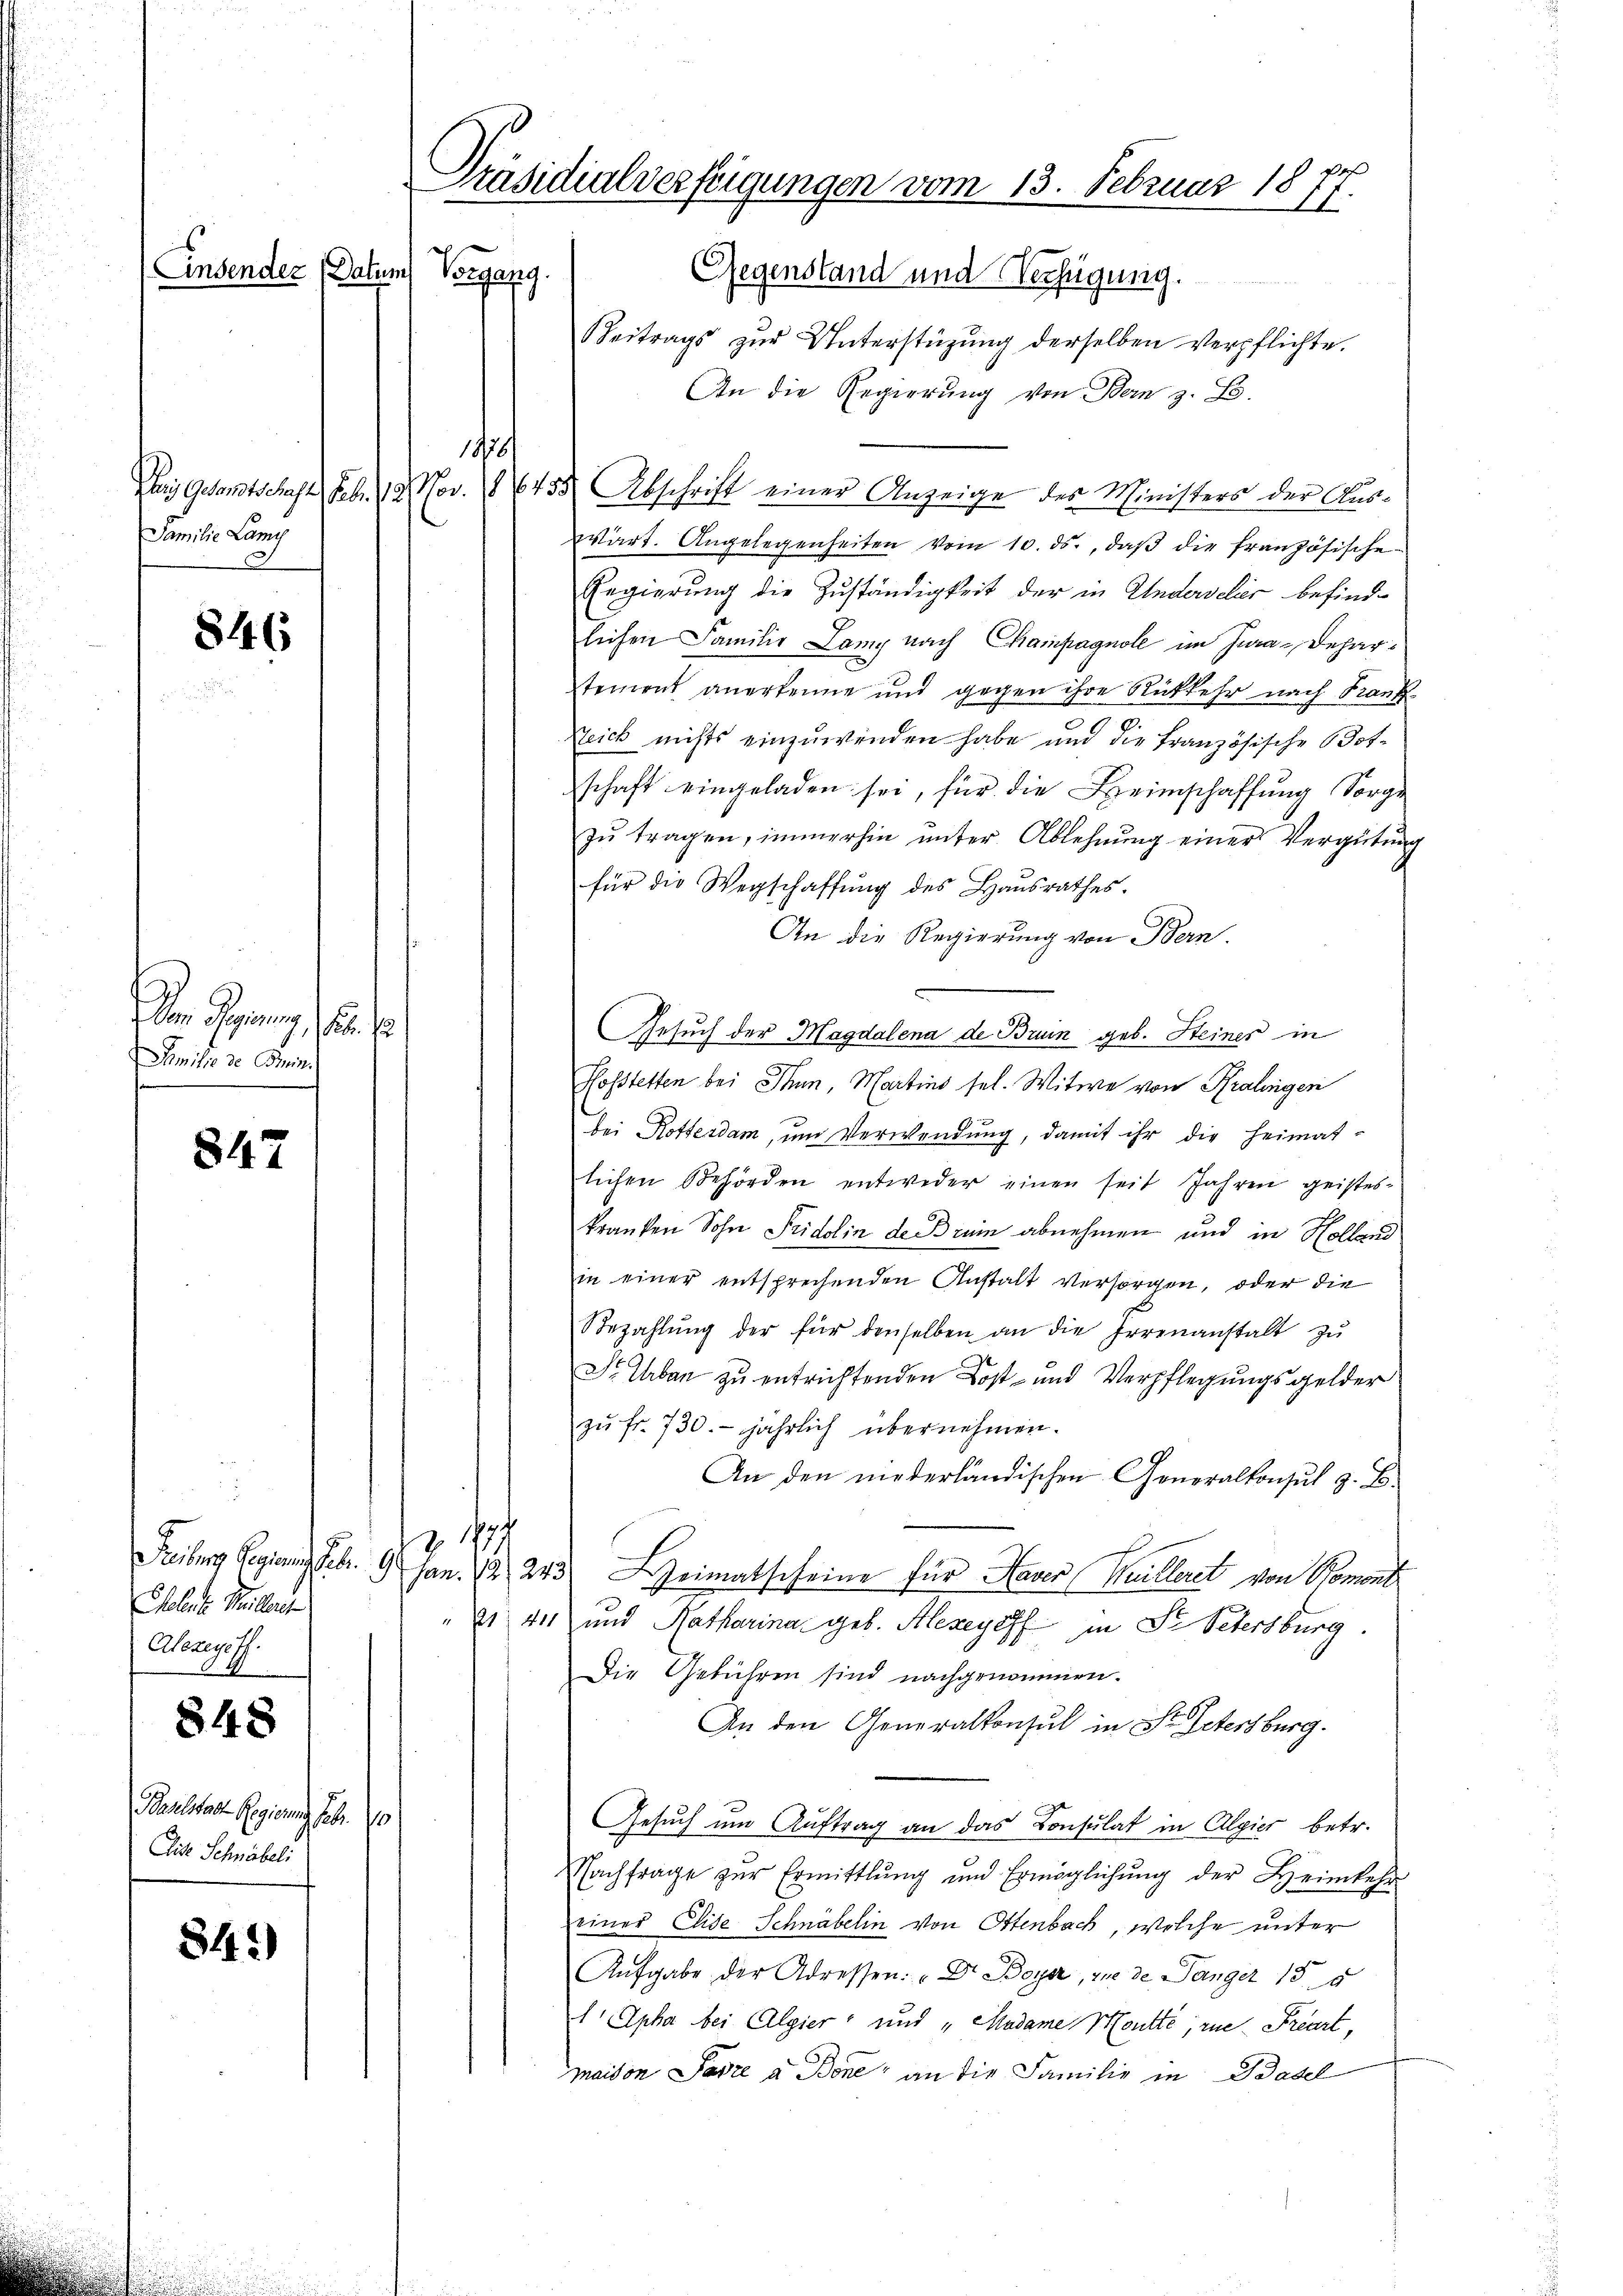
Einsender (Datum

Familie Lamy

846

m Gang 150.
Familie de mini

847

Psolante Meilen
Alezegoff.

Paulster Regierung Febr. 10
Diese Schmöbeli

848

34.)

Beitrags zŭr Unterstützŭng derselben verpflichte.
An die Regierung von Bern z. B.
Das Gesandtschaft Feb. 18. Nov. 86455 Abschrift einer Anzeige des Ministers der Auswart. Angelegenheiten vom 10. ds., daβ die französische
Regierung die Zuständigkeit der in Anderseler befindlichen Familie Lany nach Champagnole im Jura, Behartement anerkenne und gegen ihre Rückkehr nach Frank
Zeich nichts einzuwenden habe und die Französische Botschaft eingeladen sei, für die Heimschaffung Sorge
zŭ tragen, immerhin ŭnter Ablehnŭng einer Vergütŭng
für die Wegschaffung des Hausrathes.
An die Regierung von Bern.
Gesuch der Magdalena de Bruin geb. Steiner in
Hofstetten bei Thun, Martins sel. Witwe von Kralingen
bei Rottesdam, um Verwendung, damit ihr die Heimat-
lichen Behörden entweder einen seit Jahren geisteskranken Sohn Fridolin de Brein abnehmen und in Holland
in einer entsprechenden Anstalt versorgen, oder die
Bezahlŭng der für denselben an die Irrenanstalt zu
S. Urban zu entrichtenden Kost- und Verpflegungsgelder
zŭ fr. 730. jährlich übernehmen.
An den niederländischen Generalkonsul z. B.
z. 1
Freiburg Regierung Febr. 9 Jan. 12243) Heimatscheine für Haver (Kuilleret von Roment
21 411 und Ratharina geb. Alexeyoff in Fr. Petersburg.
Die Gebühren sind nachgenommen.
An den Generalkonsul in St. Petersburg.
Gesuch um Auftrag an das Consulat in Algier betr.
Nachfrage zur Ermittlung und Ermöglichung der Heimkehr
einer Elise Schnäbelin von Ottenbach, welche unter
Aufgabe der Adressen: "Dr. Boyer, zu de Mänger 135
1 Apha bei Algier- und „Madame Montte; in Freuzt,
maison Parze à Bone, an die Familie in Basel

1458/

Präsidialverfügungen vom 13. Februar 18
6
Vorgang.) Gegenstand und Verfügung.